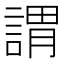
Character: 謂